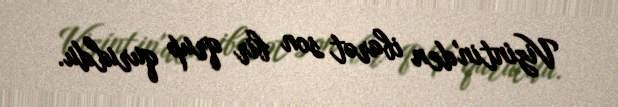
Vizíntin'den ibarət son bir qrup quruldu.